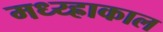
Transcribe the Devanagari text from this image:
मध्य्ह्राकाल